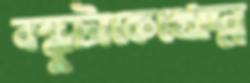
বন্ধুটাকেখোদ্‌ম